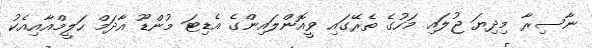
ނާސިރާ މިދިޔަ ޖުލައި މަހުގެ ތެރޭގައި ވީއޮންލައިންގެ އެޑިޓަ މުންޑޫ އާދަމް ހަލީމްއާއިއެކު